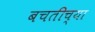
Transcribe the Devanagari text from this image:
बचतीच्या